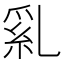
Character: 乿